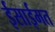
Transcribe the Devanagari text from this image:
ईसाईमत